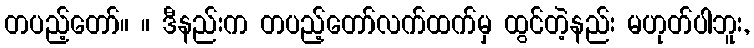
တပည့်တော်။ ။ ဒီနည်းက တပည့်တော်လက်ထက်မှ ထွင်တဲ့နည်း မဟုတ်ပါဘူး,